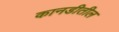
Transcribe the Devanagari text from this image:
कानडीतील